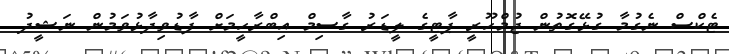
ޓެކްސް ނެގުމާ ގުޅޭގޮތުން ޖުމްހޫރީ ޕާޓީގެ ލީޑަރު ގާސިމް އިބްރާހީމަށް ފާޑުވިދާޅުވަމުން ނަޝީދު